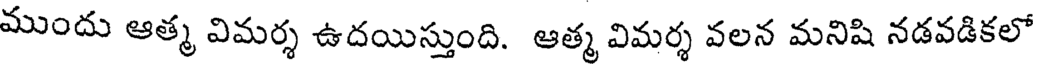
ముందు ఆత్మ విమర్శ ఉదయిస్తుంది. ఆత్మ విమర్శ వలన మనిషి నడవడికలో